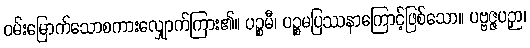
ဝမ်းမြောက်သောစကားလျှောက်ကြား၏။ ပဉ္စမီ၊ ပဉ္စမပြဿနာကြောင့်ဖြစ်သော။ ပဗ္ဗဇ္ဇပဉှာ၊